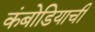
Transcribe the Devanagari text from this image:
कंबोडियाची